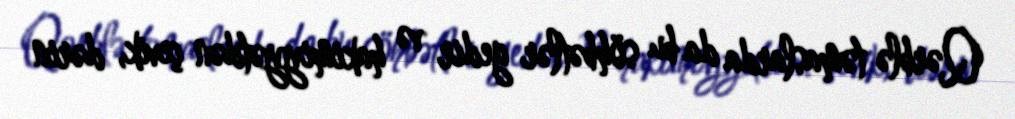
Qərblə təmaslarda da bu söhbətlər gedir və hakimiyyətdən çevik, dərin